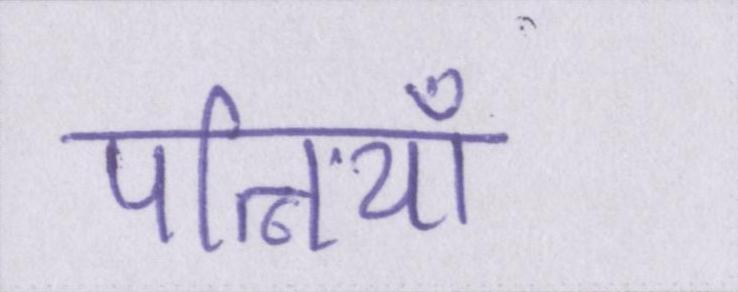
पत्नियाँ